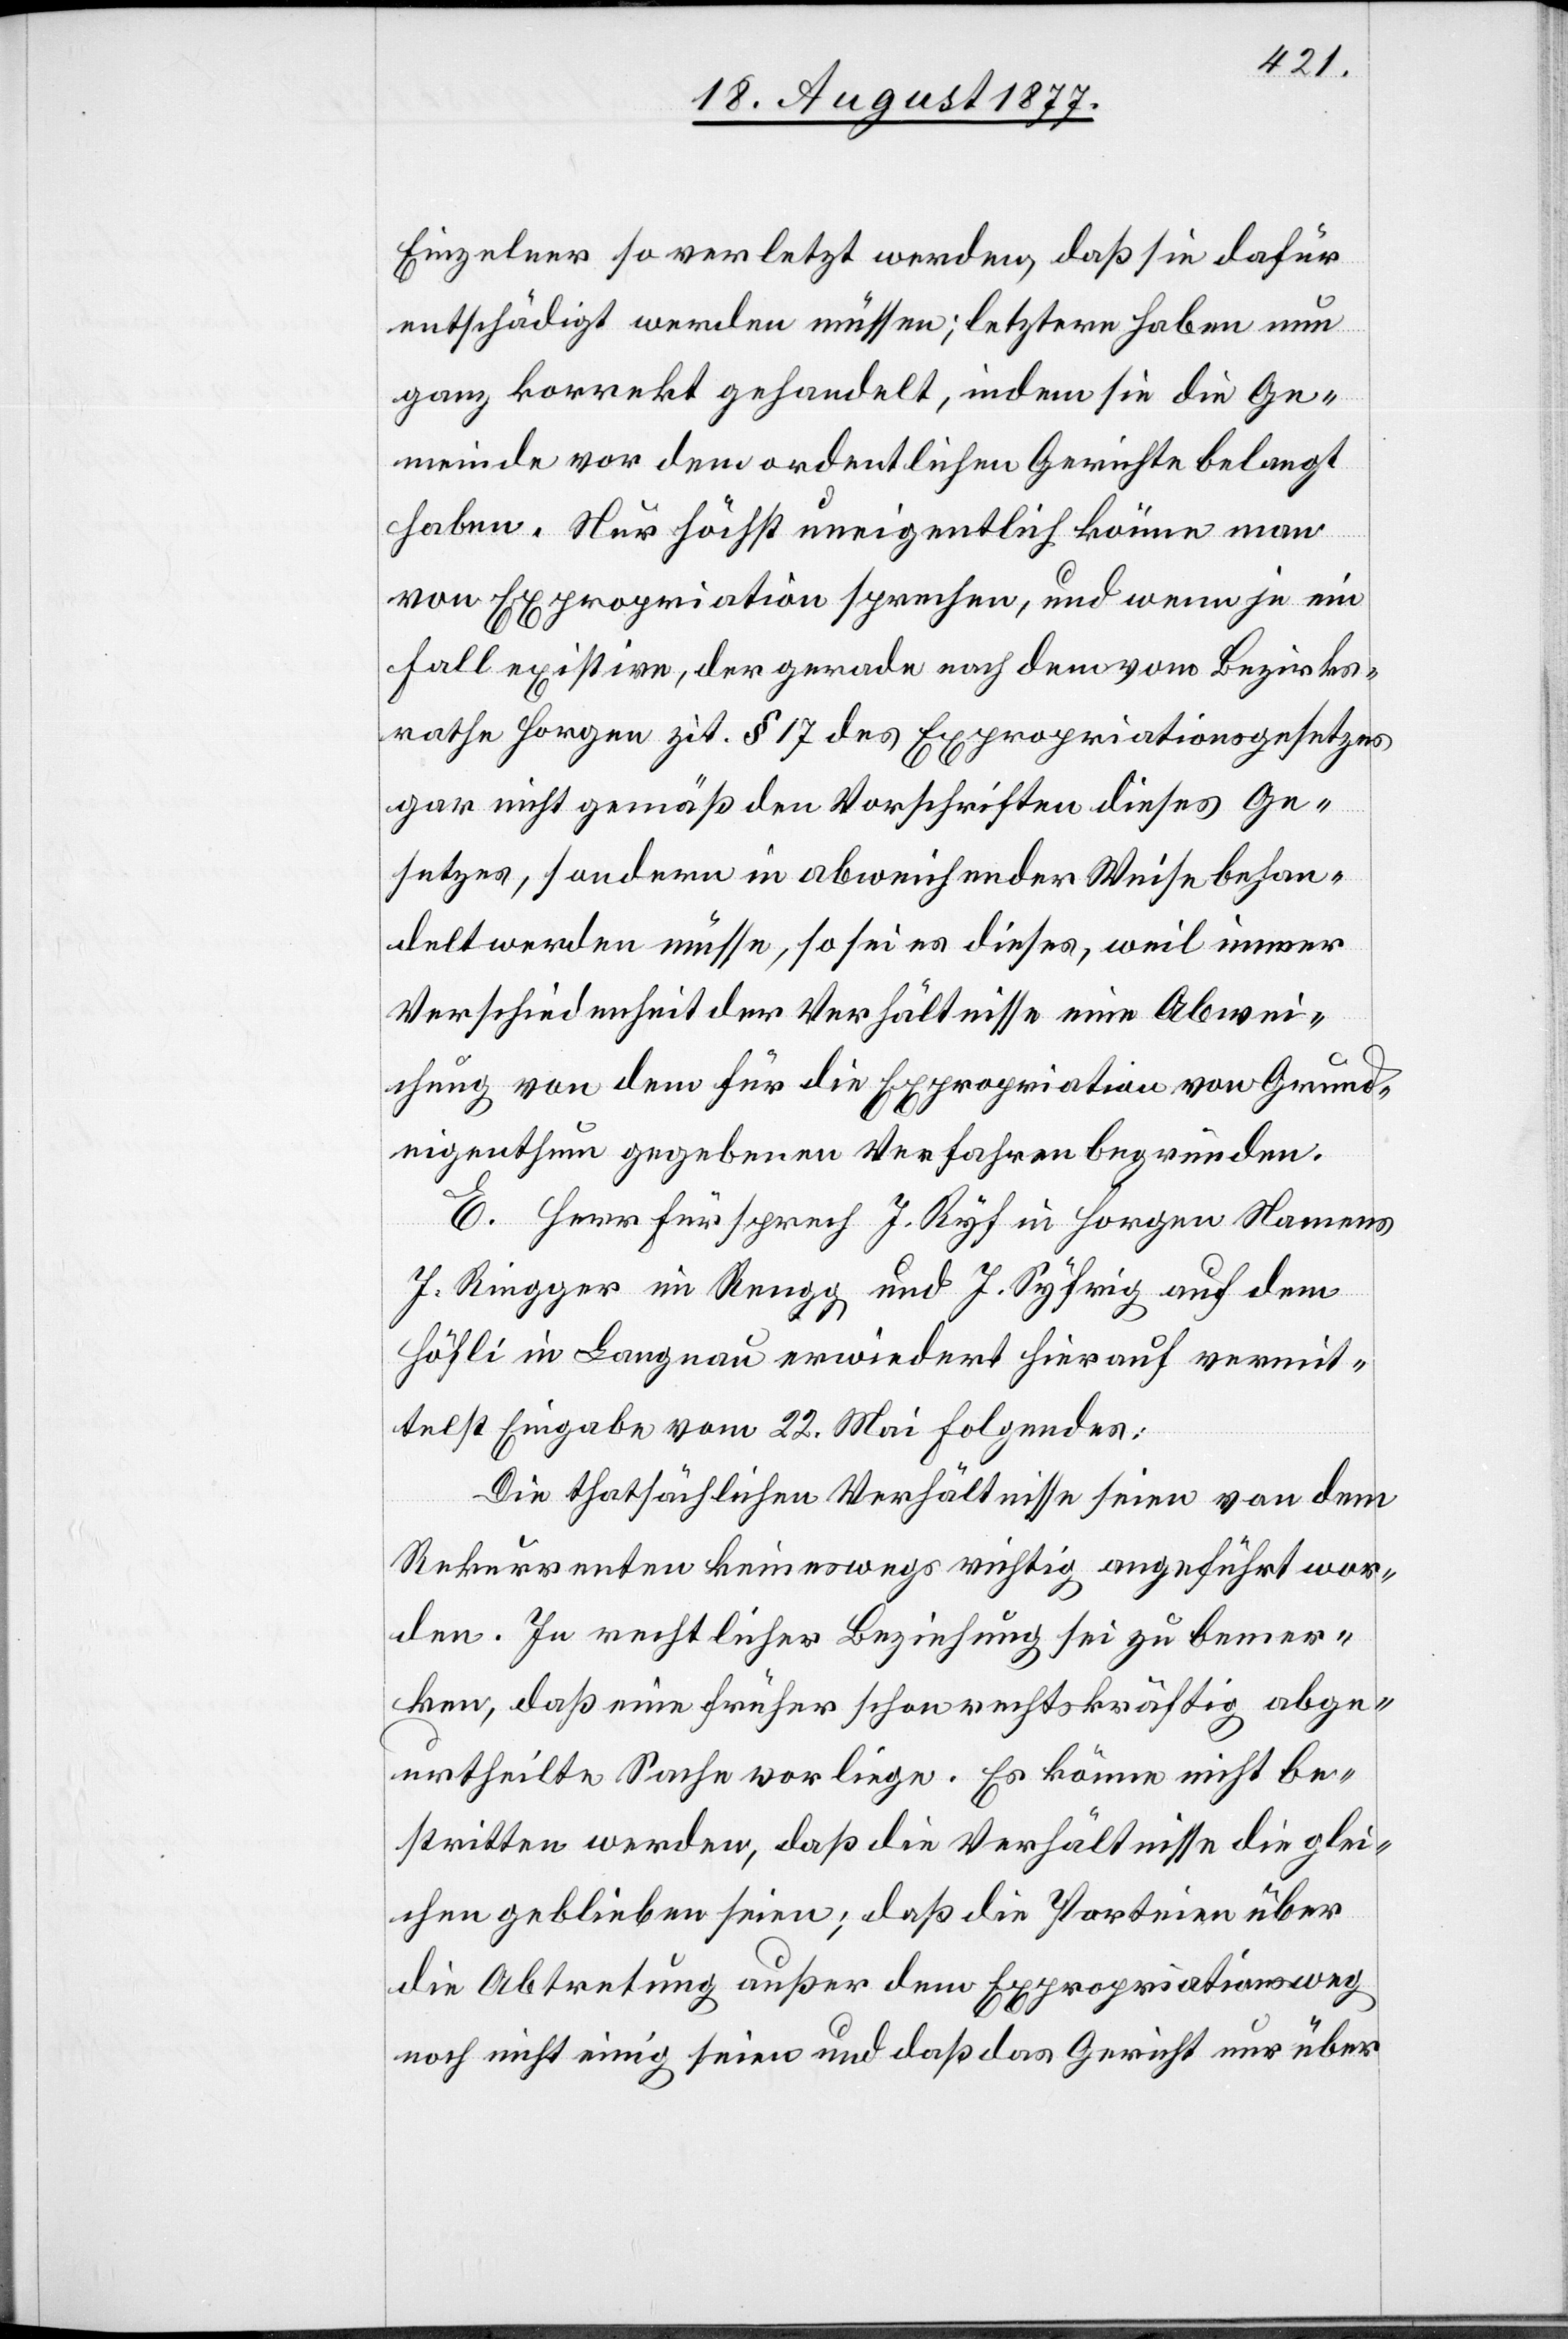
Einzelner so verletzt werden, daß sie dafür
entschädigt werden müssen; letztere haben nun
ganz korrekt gehandelt, indem sie die Ge¬
meinde vor dem ordentlichen Gerichte belangt
haben. Nur höchst uneigentlich könne man
von Expropriation sprechen, und wenn je ein
Fall existire, der gerade nach dem vom Bezirks¬
rathe Horgen zit. § 17 des Expropriationsgesetzes
gar nicht gemäß den Vorschriften dieses Ge¬
setzes, sondern in abweichender Weise behan¬
delt werden müsse, so sei es dieses, weil immer
Verschiedenheit der Verhältnisse eine Abwei¬
chung von dem für die Expropriation von Grund¬
eigenthum gegebenen Verfahren begründen.
E. Herr Fürsprech J. Ryf in Horgen Namens
J. Ringger im Rengg und J. Syfrig auf dem
Höfli in Langnau erwiedert hierauf vermit¬
telst Eingabe vom 22. Mai Folgendes:
Die thatsächlichen Verhältnisse seien von dem
Rekurrenten keineswegs richtig angeführt wor¬
den. In rechtlicher Beziehung sei zu bemer¬
ken, daß eine früher schon rechtskräftig abge¬
urtheilte Sache vorliege. Es könne nicht be¬
stritten werden, daß die Verhältnisse die glei¬
chen geblieben seien; daß die Parteien über
die Abtretung außer dem Expropriationsweg
noch nicht einig seien und daß das Gericht nur über